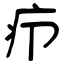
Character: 疖